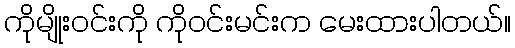
ကိုမျိုးဝင်းကို ကိုဝင်းမင်းက မေးထားပါတယ်။